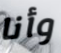
وأنا